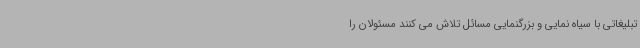
تبلیغاتی با سیاه نمایی و بزرگنمایی مسائل تلاش می کنند مسئولان را